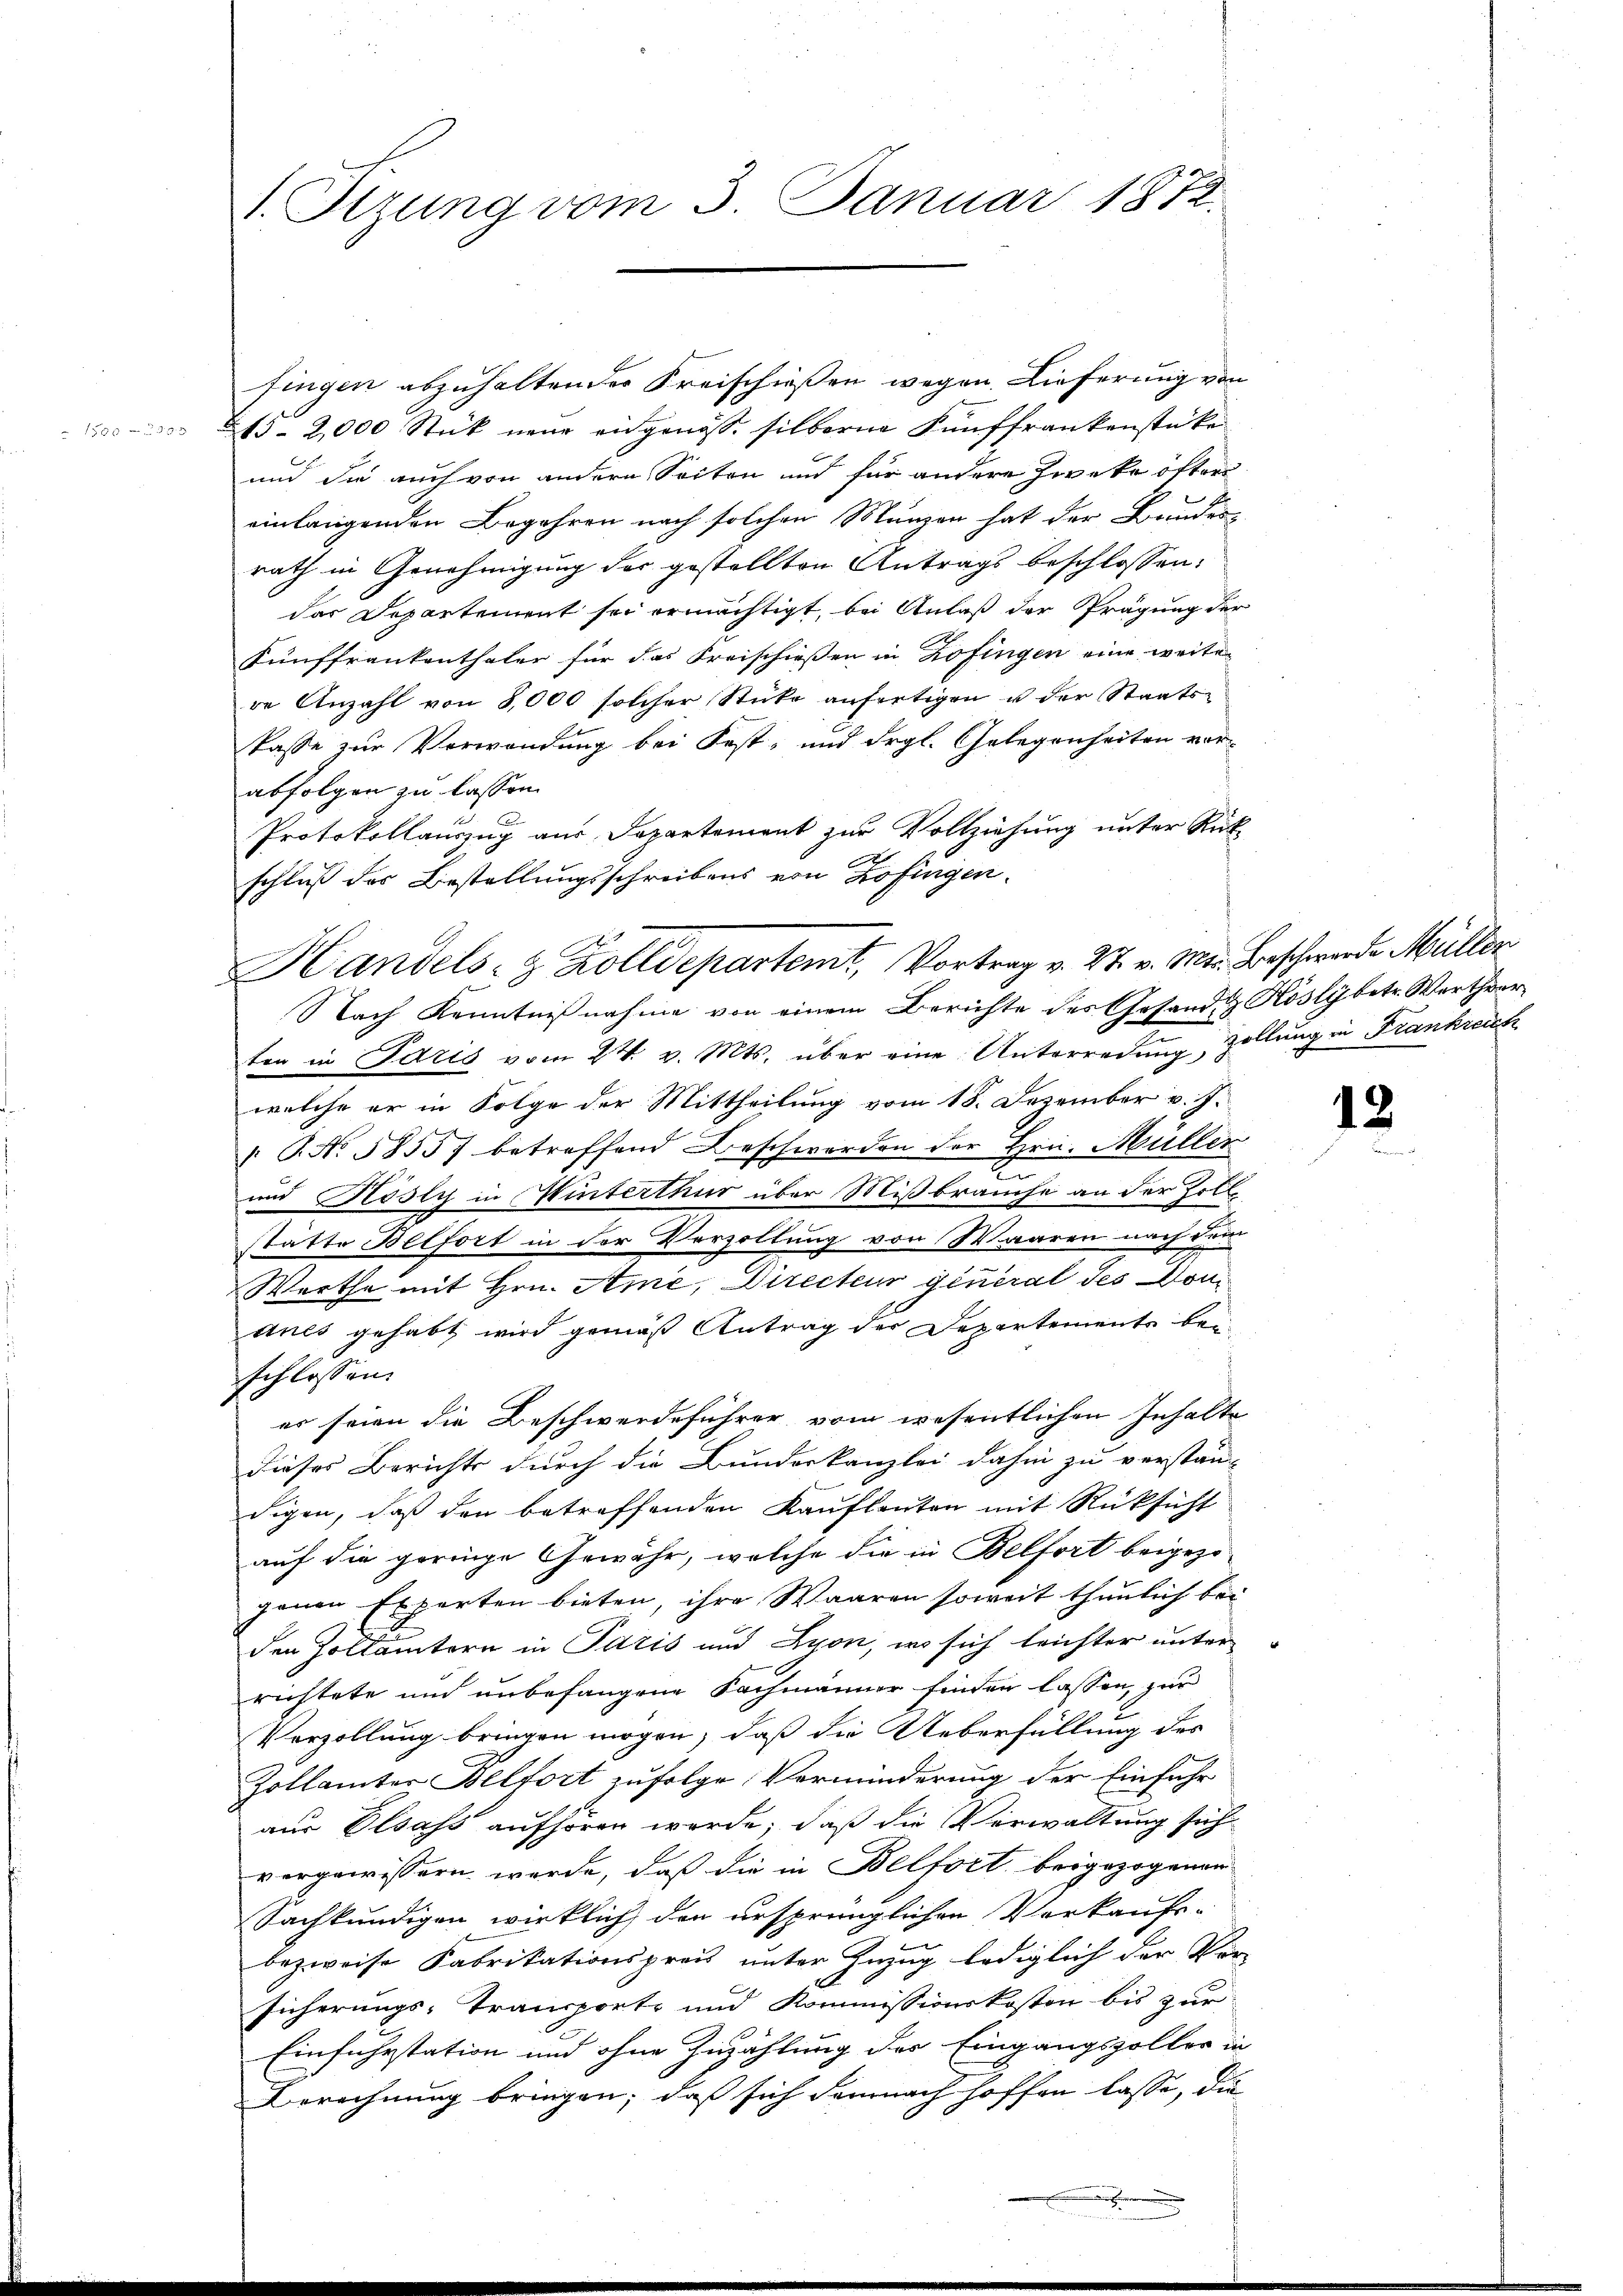
d

1. Sizung vom 3. Januar 1872.

fingen abzuhalten der Kreischießen wegen Lieferung von
13-2,000 Stück neue eidgenösse silberne Fünffrankenstücke
und die auch von andern Seiten und für andere Zweke öfter
einlangenden Begehren nach solchen Münzen hat der Bundes
rath in Genehmigung der gestellten Antrags beschlossen:
das Departement sei ermächtigt, bei Anlaß der Prägung der
Fünffrankenthaler für das Kreischießen in Zofingen eine weiter
re Anzahl von 8,000 solcher Stücke anfertigen u der Staats-
kasse zur Verwendung bei Fest- und drgl. Gelegenheiten vor-
abfolgen zu lassen.
Protokollauszug aus Departement zur Vollziehung unter Rücke
schluß der Bestellungsschreibens von Zofingen.
Nach Kenntnißnahme von einem Berichte des Gesandt Höslybetr. Werthverten in Paris vom 24. v. Mts. über eine Unterredung, Zollung in Frankreich
welche er in Folge der Mittheilung vom 18. Dezember v. J.
" G. No. 58557 betreffend Beschwerden der Hrn. Müller
und Hösly in Hinterthur über Mißbrauche an der Zollstätte Belfort in der Verzollung von Waaren nach dem
Werthe mit Hrn. Ami, Directeur général des Vorauls gehabt wird gemäß Antrag der Departements bei
schlossen.
er seien die Beschwerdeführer vom wesentlichen Inhalte
dieses Berichts durch die Bundeskanzlei dahin zu verstän-
digen, daß den betreffenden Kaufleuten mit Rücksicht
auf die geringe Gewähr, welche die in Belfort beigezogenen Experten bieten, ihre Waaren soweit thunlich bei
den Zollämtern in Paris und Lyon, wo sich leichter unter
richtete und unbefangene Sachmänner finden lassen, zur
Vorzollung bringen mögen, daß die Ueberfüllung des
Zollamter Belfort zufolge Verminderung der Einführ
aus Elsass aufhören werde, daß die Verwaltung sich
vorgewissern werde, daß die in Belfort beigezogenen
Sachkundigen wirklich, den ursprünglichen Verkaufs-
bezweife Fabrikationspreis unter Zuzug lediglich der Ver-
sicherungs-Transporte und Kommissionskosten bis zur
Einfuhrstation und ohne Zuzählung der Eingangspollor in
Berechnung bringen; daß sich demnach hoffen lasse, die

Handels- & Zolldepartemt, Vortrag v. 27. v. Mts. Beschwerde Müller

12.